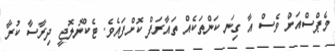
މެޕްސްއަށް ވެސް އާ ގިނަ ކަންތަކެއް ތައާރަފް ކޮށްފައެވެ. ޓެކްނޮލޮޖީ ދިރާސާ ކުރާ